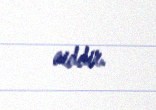
aiddir.